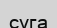
суга